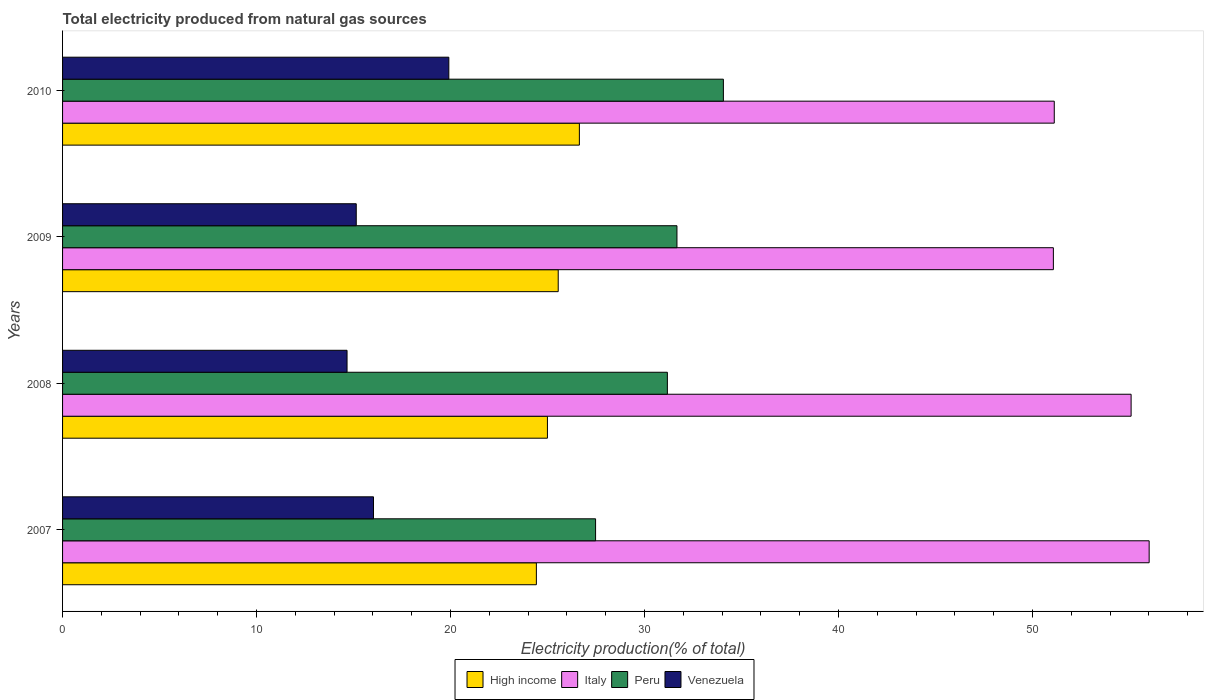
| Years | High income | Italy | Peru | Venezuela |
 | --- | --- | --- | --- | --- |
 | 2007 | 24.4 | 56 | 27.5 | 16 |
 | 2008 | 25 | 55.1 | 31.2 | 14.7 |
 | 2009 | 25.6 | 51.1 | 31.7 | 15.1 |
 | 2010 | 26.6 | 51.1 | 34.1 | 19.9 |